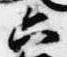
六